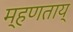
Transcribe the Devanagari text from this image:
म्हणताय्